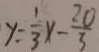
y = \frac { 1 } { 3 } x - \frac { 2 0 } { 3 }